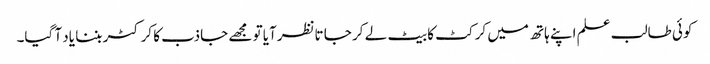
کوئی طالب علم اپنے ہاتھ میں کرکٹ کا بیٹ لے کر جا تانظرآیا تو مجھے جاذب کا کرکٹر بننا یاد آ گیا۔